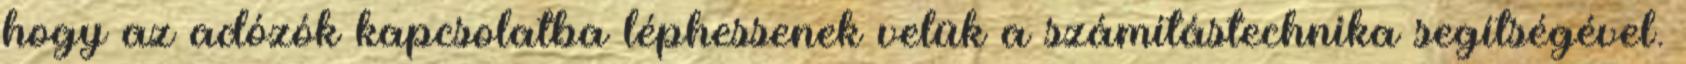
hogy az adózók kapcsolatba léphessenek velük a számítástechnika segítségével.